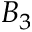
B _ { 3 }